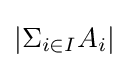
|\Sigma _{i\in I}A_{i}|